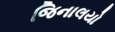
જિનાલયો